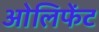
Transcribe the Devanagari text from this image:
ओलिफेंट